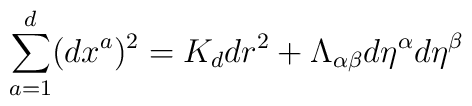
\sum_{a=1}^d (dx^a)^2 = K_d dr^2 + \Lambda_{\alpha \beta}d\eta^\alpha d\eta^\beta